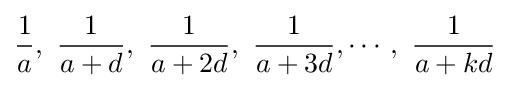
{\frac {1}{a}},\ {\frac {1}{a+d}},\ {\frac {1}{a+2d}},\ {\frac {1}{a+3d}},\cdots ,\ {\frac {1}{a+kd}}